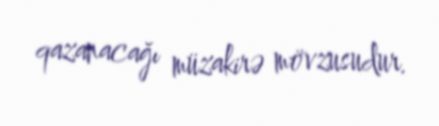
qazanacağı müzakirə mövzusudur.